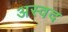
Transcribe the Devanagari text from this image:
अस्वद